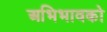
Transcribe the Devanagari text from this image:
अभिभावको